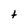
Character: t